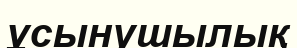
ұсынушылық